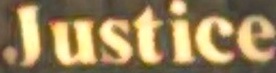
Justice